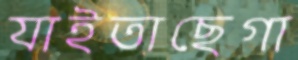
যাইতাছেগা